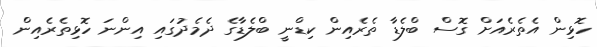
ހޮޅިން އެތެރެއަށް ގޮސް ބްލެޑާ ތެރެއިން ކިޑްނީ ބްލެޑާގެ ދެމެދުގައި އިންނަ ހޮޅިތެރެއިން